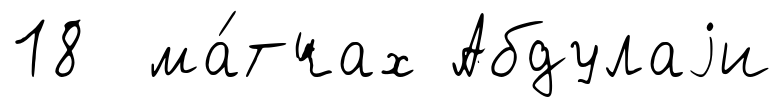
18 ма́тчах Абдулаjи